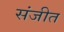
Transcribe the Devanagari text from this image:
संजीत